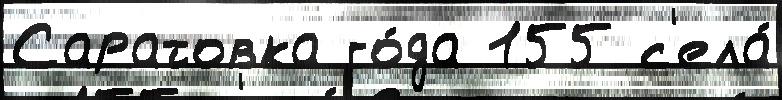
Саратовка го́да 155 с'ела́